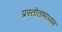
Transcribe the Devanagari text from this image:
प्रस्तोतामाध्यम